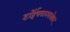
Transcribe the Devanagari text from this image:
दॉईचबानबरोबर